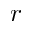
r